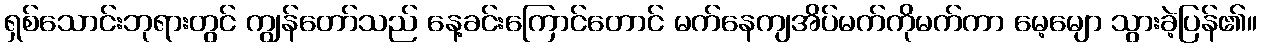
ရှစ်သောင်းဘုရားတွင် ကျွန်တော်သည် နေ့ခင်းကြောင်တောင် မက်နေကျအိပ်မက်ကိုမက်ကာ မေ့မျော သွားခဲ့ပြန်၏။